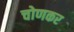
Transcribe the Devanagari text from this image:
चोणकर